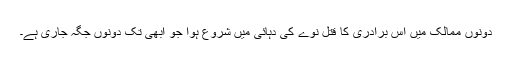
دونوں ممالک میں اس برادری کا قتل نوے کی دہائی میں شروع ہوا جو ابھی تک دونوں جگہ جاری ہے۔